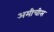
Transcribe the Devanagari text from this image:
अमीचीस